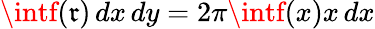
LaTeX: \intf(\mathfrak{r})\, dx\, dy=2\pi\intf(x)x\, dx